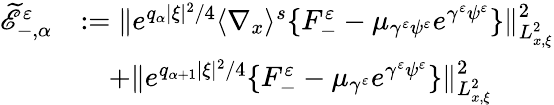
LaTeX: \begin{array}{rl}{\widetilde{\mathscr E}_{-,\alpha}^{\varepsilon}}&{:=\| e^{q_{\alpha}|\xi|^{2}/4}\langle\nabla_{x}\rangle^{s}\{ F_{-}^{\varepsilon}-\mu_{\gamma^{\varepsilon}\psi^{\varepsilon}}e^{\gamma^{\varepsilon}\psi^{\varepsilon}}\} \| _{L_{x,\xi}^{2}}^{2}}\\ &{\quad+\| e^{q_{\alpha+1}|\xi|^{2}/4}\{ F_{-}^{\varepsilon}-\mu_{\gamma^{\varepsilon}}e^{\gamma^{\varepsilon}\psi^{\varepsilon}}\} \| _{L_{x,\xi}^{2}}^{2}}\end{array}